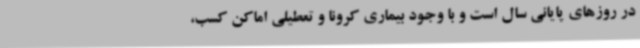
در روزهای پایانی سال است و با وجود بیماری کرونا و تعطیلی اماکن کسب،